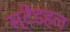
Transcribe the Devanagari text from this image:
स्टेंडहल